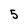
Character: 5